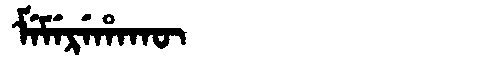
Manchu: ᠮᡝᠮᡝᡵᡝᡥᠠᡴᡡ
Romanization: MEMEREHAKŪ